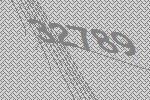
32789